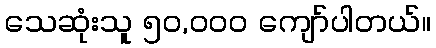
သေဆုံးသူ ၅၀,၀၀၀ ကျော်ပါတယ်။